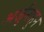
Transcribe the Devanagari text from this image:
अर्जुनाहून